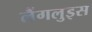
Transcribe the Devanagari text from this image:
लैंगलुइस